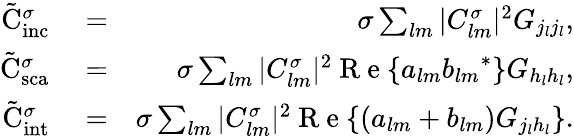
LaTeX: \begin{array}{rlr}{\tilde{\mathrm{{C}}}_{\mathrm{{inc}}}^{\sigma}}&{{}=}&{\sigma\sum_{lm}|C_{lm}^{\sigma}|^{2}G_{j_{l}j_{l}},}\\ {\tilde{\mathrm{{C}}}_{\mathrm{{sca}}}^{\sigma}}&{{}=}&{\sigma\sum_{lm}|C_{lm}^{\sigma}|^{2}\mathrm{~R~e~}\{ a_{lm}{b_{lm}}^{*}\} G_{h_{l}h_{l}},}\\ {\tilde{\mathrm{{C}}}_{\mathrm{{int}}}^{\sigma}}&{{}=}&{\sigma\sum_{lm}|C_{lm}^{\sigma}|^{2}\mathrm{~R~e~}\{ \left(a_{lm}+b_{lm}\right)G_{j_{l}h_{l}}\} .}\end{array}